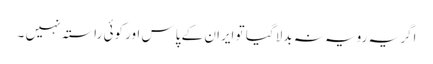
اگر یہ رویہ نہ بدلا گیا تو ایران کے پاس اور کوئی راستہ نہیں ۔